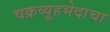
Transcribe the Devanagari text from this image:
चक्रव्यूहभेदाचा